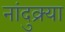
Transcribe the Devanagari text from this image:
नांदुक्र्या